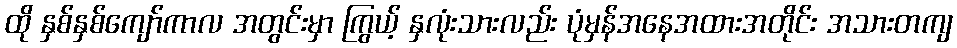
ထို နှစ်နှစ်ကျော်ကာလ အတွင်းမှာ ကြွယ့် နှလုံးသားလည်း ပုံမှန်အနေအထားအတိုင်း အသားတကျ